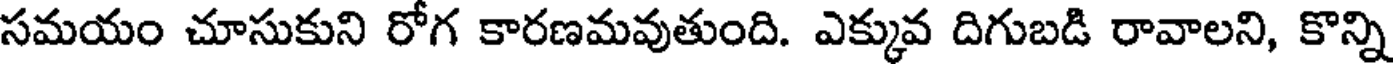
సమయం చూసుకుని రోగ కారణమవుతుంది. ఎక్కువ దిగుబడి రావాలని, కొన్ని